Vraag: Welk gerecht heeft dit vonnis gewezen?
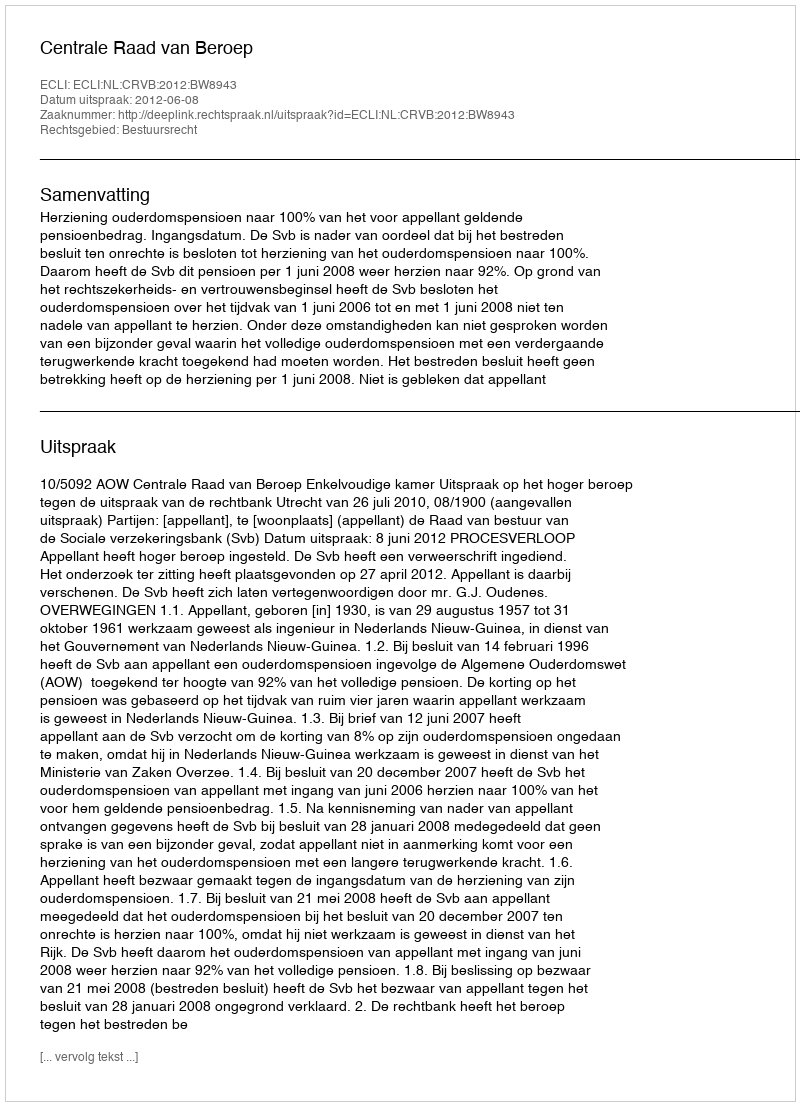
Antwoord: Centrale Raad van Beroep